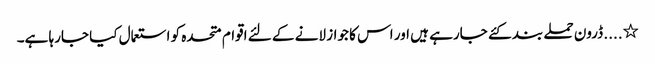
٭.... ڈرون حملے بند کئے جارہے ہیں اور اس کا جواز لانے کے لئے اقوام متحدہ کو استعمال کیا جارہا ہے۔